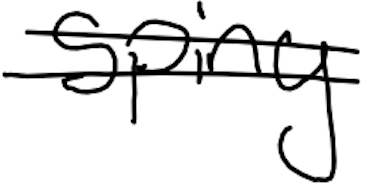
Text: spiny
Cross-out: mix
Writing tool: digital_black